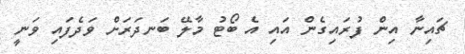
ޗައިނާ އިން ފުރައިގެން އައި އެ ބޯޓު މާލޭ ބަނދަރަށް ވަދެފައި ވަނީ